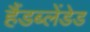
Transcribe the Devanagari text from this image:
हैंडब्लेंडेड